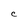
Character: c